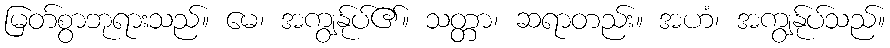
မြတ်စွာဘုရားသည်။ မေ၊ အကျွန်ုပ်၏။ သတ္တာ၊ ဆရာတည်း။ အဟံ၊ အကျွန်ုပ်သည်။